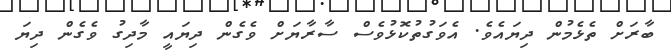
ބާރަށް ތެޅެމުން ދިޔައެވެ. އެވަގުތުކޮޅުވެސް ސާރާޔަށް ވެގެން ދިޔައީ މާދިގު ވެގެން ދިޔަ